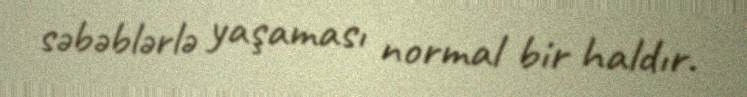
səbəblərlə yaşaması normal bir haldır.